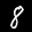
Label: 8